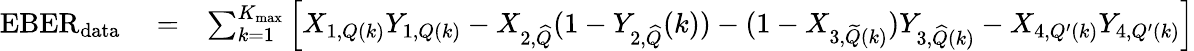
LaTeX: \begin{array}{rlr}{\mathrm{EBER}_{\mathrm{data}}}&{{}=}&{\sum_{k=1}^{K_{\mathrm{max}}}\left[X_{1,Q(k)}Y_{1,Q(k)}-X_{2,{\widehat Q}}(1-Y_{2,{\widehat Q}}(k))-(1-X_{3,{\widetilde Q}(k)})Y_{3,{\widehat Q}(k)}-X_{4,Q^{\prime}(k)}Y_{4,Q^{\prime}(k)}\right]}\end{array}